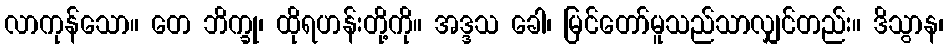
လာကုန်သော။ တေ ဘိက္ခု၊ ထိုရဟန်းတို့ကို။ အဒ္ဒသ ခေါ၊ မြင်တော်မူသည်သာလျှင်တည်း။ ဒိသွာန၊